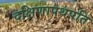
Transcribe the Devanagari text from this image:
दक्षिणापथपति